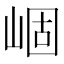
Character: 崓